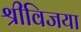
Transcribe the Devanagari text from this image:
श्रीविजया